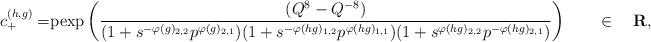
LaTeX: \begin{align*}c_+^{(h,g)} =& \mathrm{pexp}\left( \dfrac{(Q^8-Q^{-8}) }{(1 + s^{-\varphi(g)_{2,2}} p^{\varphi(g)_{2,1}})(1 + s^{-\varphi(hg)_{1,2}} p^{\varphi(hg)_{1,1}})(1 + s^{\varphi(hg)_{2,2}} p^{-\varphi(hg)_{2,1}})} \right)\qquad\in\quad\mathbf R,\end{align*}